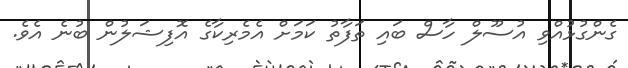
ގެންގުޅުއްވި އުސޫލް ހާސް ބައި ތަފާތު ކަމަށް އެމެރިކާގެ އޮފިޝަލުން ބުނެ އެވެ.